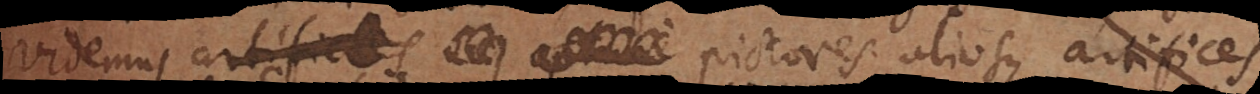
videmus pictores aliosque artifices